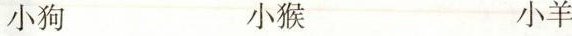
小狗 小猴 小羊